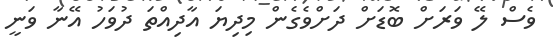
ވެސް ލޭ ވަރަށް ބޮޑަށް ދަށްވެގެން މިދިޔަ އާދިއްތަ ދުވަހު އޭނާ ވަނީ